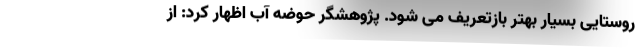
روستایی بسیار بهتر بازتعریف می شود. پژوهشگر حوضه آب اظهار کرد: از